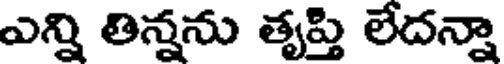
ఎన్ని తిన్నను తృప్తి లేదన్నా